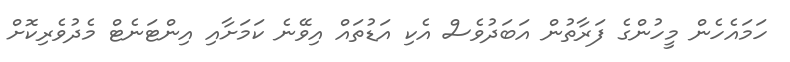
ހަމައެހެން މީހުންގެ ފަރާތުން އަބަދުވެސް އެކި އަޑުތައް އިވޭނެ ކަމަށާއި އިންޓަނެޓް މެދުވެރިކޮށް